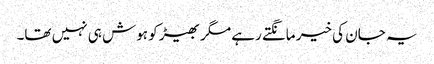
یہ جان کی خیر مانگتے رہے مگر بھیڑ کو ہوش ہی نہیں تھا۔